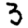
Digit: 3